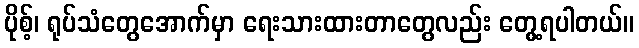
ပိုစ့်၊ ရုပ်သံတွေအောက်မှာ ရေးသားထားတာတွေလည်း တွေ့ရပါတယ်။